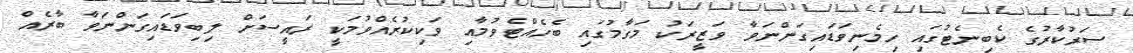
ސަރުކާރުގެ ކެބިނެޓުގައި ހިމެނިވަޑައިގަންނަވާ ވަޒީރަކު މަގާމުގައި ބެހެއްޓެވުމާއި ވަކިކުރެއްވުމަކީ ރައީސަށް ލިބިވަޑައިގަންނަވާ ބާރެއް